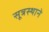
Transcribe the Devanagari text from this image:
सूत्रस्थाने